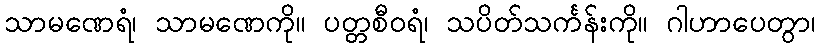
သာမဏေရံ၊ သာမဏေကို။ ပတ္တစီဝရံ၊ သပိတ်သင်္ကန်းကို။ ဂါဟာပေတွာ၊